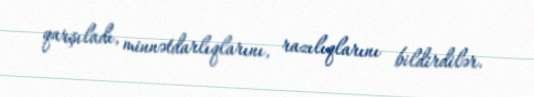
qarşıladı, minnətdarlıqlarını, razılıqlarını bildirdilər.